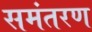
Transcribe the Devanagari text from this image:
समंतरण